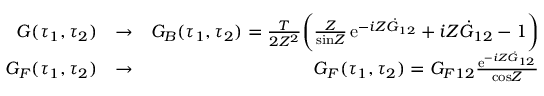
\begin{array} { r l r } { G ( \tau _ { 1 } , \tau _ { 2 } ) } & { \to } & { { \cal G } _ { B } ( \tau _ { 1 } , \tau _ { 2 } ) = \frac { T } { 2 { \cal Z } ^ { 2 } } \biggl ( { \frac { \cal Z } { \mathrm { s i n } { \cal Z } } } \, \mathrm { e } ^ { - i { \cal Z } \dot { G } _ { 1 2 } } + i { \cal Z } \dot { G } _ { 1 2 } - 1 \biggr ) } \\ { G _ { F } ( \tau _ { 1 } , \tau _ { 2 } ) } & { \to } & { { \cal G } _ { F } ( \tau _ { 1 } , \tau _ { 2 } ) = G _ { F 1 2 } { \frac { \mathrm { e } ^ { - i { \cal Z } \dot { G } _ { 1 2 } } } { \mathrm { c o s } { \cal Z } } } } \end{array}